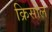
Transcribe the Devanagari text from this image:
क्रिसोल